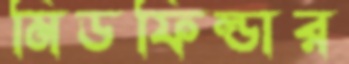
মিডফিল্ডার